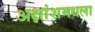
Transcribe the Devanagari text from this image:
अक्षांशमधला